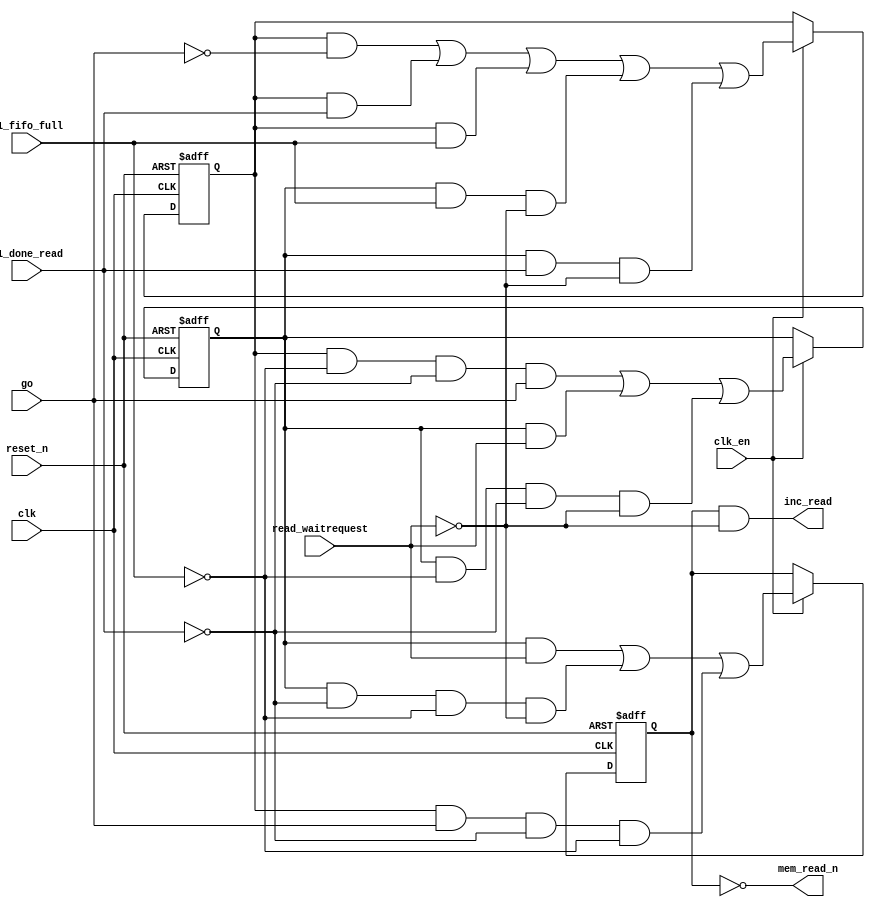
module soc_design_dma_0_mem_read (
                                    clk,
                                    clk_en,
                                    go,
                                    p1_done_read,
                                    p1_fifo_full,
                                    read_waitrequest,
                                    reset_n,
                                    inc_read,
                                    mem_read_n
                                 )
;
  output           inc_read;
  output           mem_read_n;
  input            clk;
  input            clk_en;
  input            go;
  input            p1_done_read;
  input            p1_fifo_full;
  input            read_waitrequest;
  input            reset_n;
  wire             inc_read;
  wire             mem_read_n;
  wire             p1_read_select;
  reg              read_select;
  reg              soc_design_dma_0_mem_read_access;
  reg              soc_design_dma_0_mem_read_idle;
  assign mem_read_n = ~read_select;
  always @(posedge clk or negedge reset_n)
    begin
      if (reset_n == 0)
          read_select <= 0;
      else if (clk_en)
          read_select <= p1_read_select;
    end
  assign inc_read = read_select & ~read_waitrequest;
  always @(posedge clk or negedge reset_n)
    begin
      if (reset_n == 0)
          soc_design_dma_0_mem_read_idle <= 1;
      else if (clk_en)
          soc_design_dma_0_mem_read_idle <= ((soc_design_dma_0_mem_read_idle == 1) & (go == 0)) |
                    ((soc_design_dma_0_mem_read_idle == 1) & (p1_done_read == 1)) |
                    ((soc_design_dma_0_mem_read_idle == 1) & (p1_fifo_full == 1)) |
                    ((soc_design_dma_0_mem_read_access == 1) & (p1_fifo_full == 1) & (read_waitrequest == 0)) |
                    ((soc_design_dma_0_mem_read_access == 1) & (p1_done_read == 1) & (read_waitrequest == 0));
    end
  always @(posedge clk or negedge reset_n)
    begin
      if (reset_n == 0)
          soc_design_dma_0_mem_read_access <= 0;
      else if (clk_en)
          soc_design_dma_0_mem_read_access <= ((soc_design_dma_0_mem_read_idle == 1) & (p1_fifo_full == 0) & (p1_done_read == 0) & (go == 1)) |
                    ((soc_design_dma_0_mem_read_access == 1) & (read_waitrequest == 1)) |
                    ((soc_design_dma_0_mem_read_access == 1) & (p1_fifo_full == 0) & (p1_done_read == 0) & (read_waitrequest == 0));
    end
  assign p1_read_select = ({1 {((soc_design_dma_0_mem_read_access && (read_waitrequest == 1)))}} & 1) |
    ({1 {((soc_design_dma_0_mem_read_access && (p1_done_read == 0) && (p1_fifo_full == 0) && (read_waitrequest == 0)))}} & 1) |
    ({1 {((soc_design_dma_0_mem_read_idle && (go == 1) && (p1_done_read == 0) && (p1_fifo_full == 0)))}} & 1);
endmodule